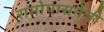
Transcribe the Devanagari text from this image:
रामोपासनेची